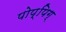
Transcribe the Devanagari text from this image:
पोप्पिग्